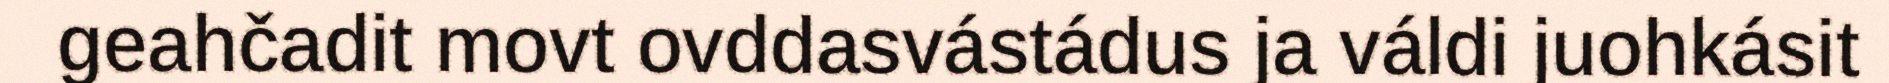
geahčadit movt ovddasvástádus ja váldi juohkásit